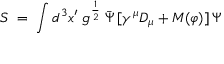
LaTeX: S \; = \; \int d ^ { 3 } x ^ { \prime } \; g ^ { \frac { 1 } { 2 } } \; { \bar { \Psi } } \, [ \gamma ^ { \mu } D _ { \mu } + M ( \varphi ) ] \, \Psi